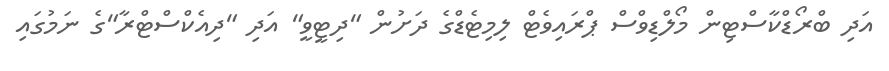
އަދި ބްރޯޑްކާސްޓިން މޯލްޑިވްސް ޕްރައިވެޓް ލިމިޓެޑްގެ ދަށުން "ދިޓީވީ" އަދި "ދިއެކްސްޓްރާ"ގެ ނަމުގައި